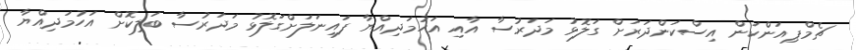
ޗެމްޕިއަންކަން އިސްކަންދަރަށް ގަލޮޅު މަދަރުސާ އާއި އަހުމަދިއްޔާ ފައިނަލަށްގަލޮޅު މަދަރުސާ ބަލިކޮށް އަހުމަދިއްޔާ